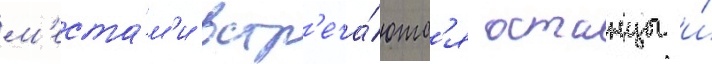
м'еста́м'и встр'еча́ютс'я останцы и́